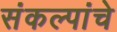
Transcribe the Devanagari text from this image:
संकल्पांचे